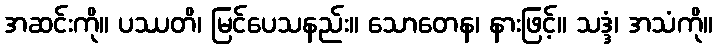
အဆင်းကို။ ပဿတိ၊ မြင်ပေသနည်း။ သောတေန၊ နားဖြင့်။ သဒ္ဒံ၊ အသံကို။